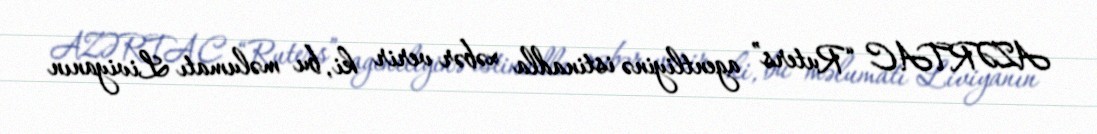
AZƏRTAC “Ruters” agentliyinə istinadla xəbər verir ki, bu məlumatı Liviyanın